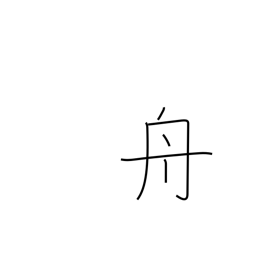
Meaning: boat